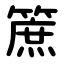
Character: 䉀